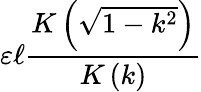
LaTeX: \varepsilon\ell{\frac{K\left({\sqrt{1-k^{2}}}\right)}{K\left(k\right)}}